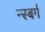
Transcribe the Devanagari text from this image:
न्स्बर्ग